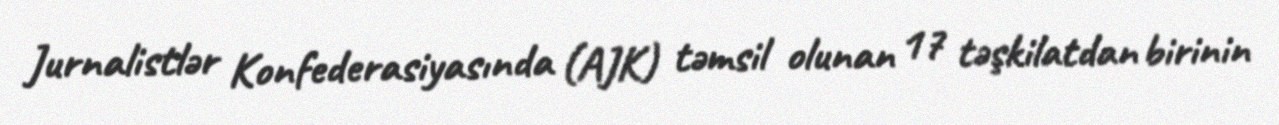
Jurnalistlər Konfederasiyasında (AJK) təmsil olunan 17 təşkilatdan birinin